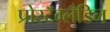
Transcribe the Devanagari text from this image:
प्रोस्टॅग्लँडिन